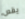
يقص